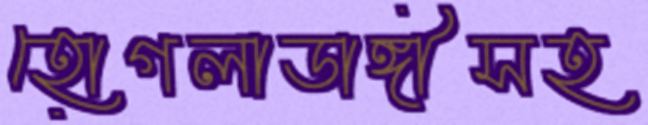
হোগলাডাঙ্গীসহ